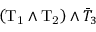
\left( \mathrm { T _ { 1 } } \land \mathrm { T _ { 2 } } \right) \land \bar { T } _ { 3 }